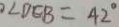
\angle D E B = 4 2 ^ { \circ }